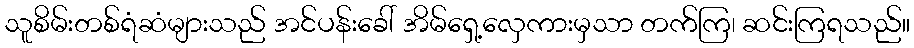
သူစိမ်းတစ်ရံဆံများသည် အင်ပန်းခေါ် အိမ်ရှေ့လှေကားမှသာ တက်ကြ၊ ဆင်းကြရသည်။